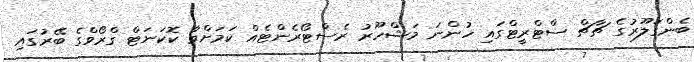
ބެންގަލޫރުގެ ޗާޗް ސްޓްރީޓްގައި ހުންނަ މަޝްހޫރު ރެސްޓޯރެންޓެއް ކަމަށްވާ ކޮކަނަޓް ގްރޯވްގެ ބޭރުގައި